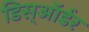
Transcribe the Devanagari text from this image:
डिस्ऑर्डर